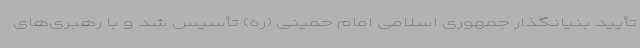
تأیید بنیانگذار جمهوری اسلامی امام خمینی (ره) تأسیس شد و با رهبری‌های